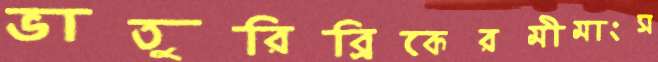
ভাতুরিব্রিকেরমীমাংস